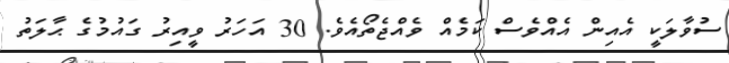
ސުވާލަކީ އެއިން އެއްވެސް ކަމެއް ވެއްޖެތޯއެވެ. 30 އަހަރު ވީއިރު ގައުމުގެ ޙާލަތު